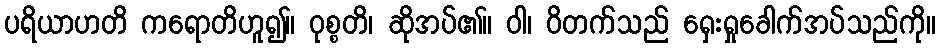
ပရိယာဟတိ ကရောတိဟူ၍။ ဝုစ္စတိ၊ ဆိုအပ်၏။ ဝါ၊ ဝိတက်သည် ရှေးရှုခေါက်အပ်သည်ကို။